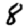
Digit: 8